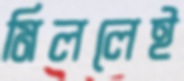
মিললেই